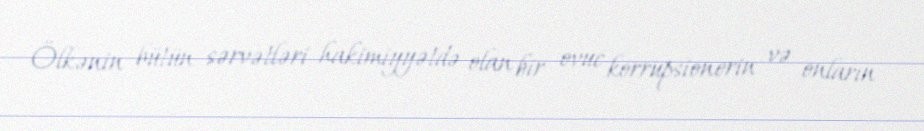
Ölkənin bütün sərvətləri hakimiyyətdə olan bir ovuc korrupsionerin və onların